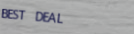
BEST DEAL